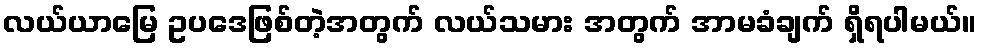
လယ်ယာမြေ ဥပဒေဖြစ်တဲ့အတွက် လယ်သမား အတွက် အာမခံချက် ရှိရပါမယ်။